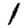
Digit: 1